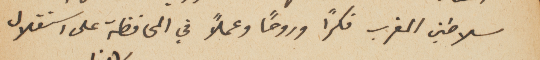
سلاطين المغرب فكراً وروحاً وعملاً في المحافظة على استقلال